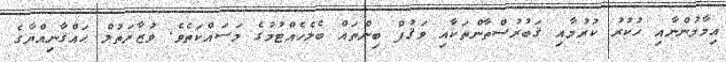
އިމާމުންނާއި ހުކުރު ކުރުމާއި ޤަބުރުސްތާންތަކާއި ވަޤުފް ބިންތައް ބެލެހެއްޓުމުގެ މަސައްކަތެވެ. ވުޒާރަތުލް ޙައްޤާނިއްޔާގެ